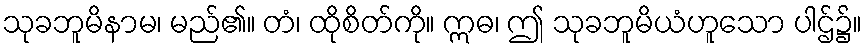
သုခဘူမိနာမ၊ မည်၏။ တံ၊ ထိုစိတ်ကို။ ဣဓ၊ ဤ သုခဘူမိယံဟူသော ပါဌ်၌။